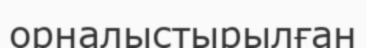
орналыстырылған